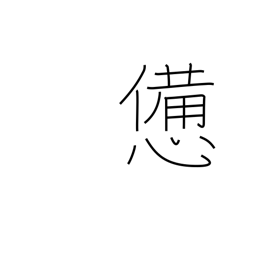
Meaning: fatigue